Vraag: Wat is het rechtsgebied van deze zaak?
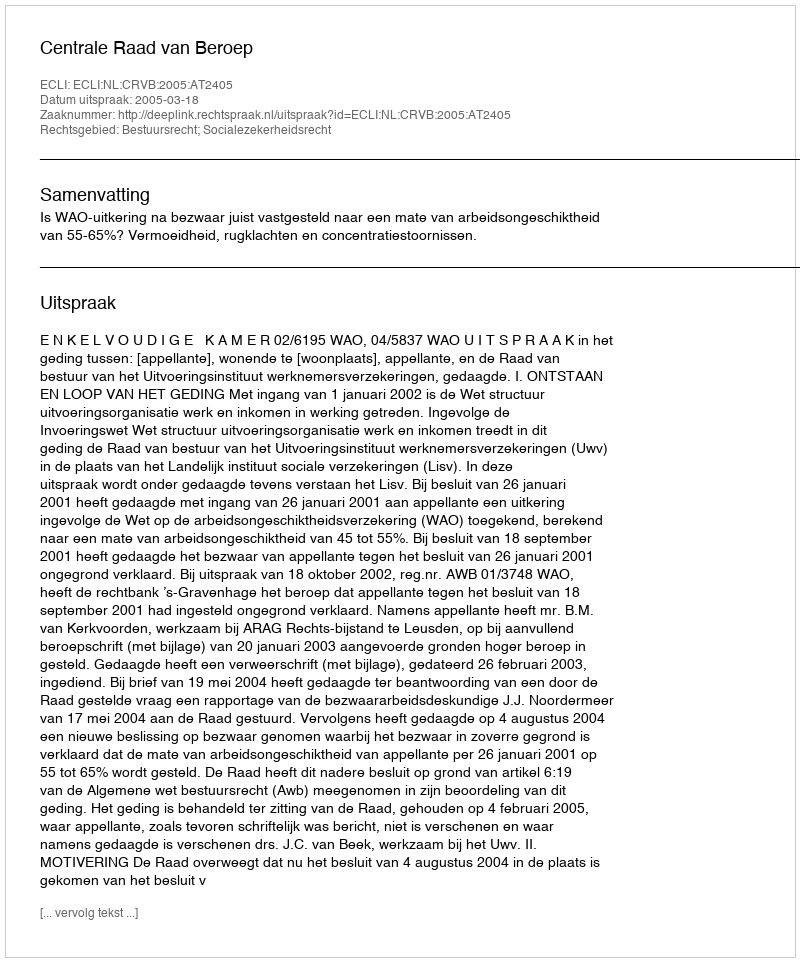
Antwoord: Bestuursrecht; Socialezekerheidsrecht